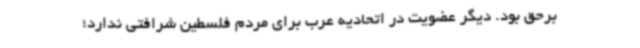
برحق بود. دیگر عضویت در اتحادیه عرب برای مردم فلسطین شرافتی ندارد؛